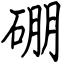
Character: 硼